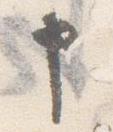
申